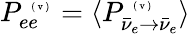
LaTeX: P_{ee}^{\mathrm{~\tiny~(~v~)~}}=\langle P_{\bar{\nu}_{e}\to\bar{\nu}_{e}}^{\mathrm{~\tiny~(~v~)~}}\rangle